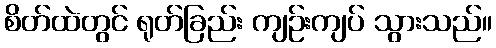
စိတ်ထဲတွင် ရုတ်ခြည်း ကျဉ်းကျပ် သွားသည်။